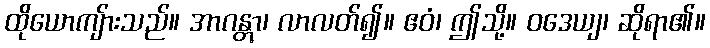
ထိုယောကျ်ားသည်။ အာဂန္တွာ၊ လာလတ်၍။ ဧဝံ၊ ဤသို့။ ဝဒေယျ၊ ဆိုရာ၏။